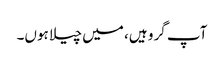
آپ گرو ہیں، میں چیلا ہوں۔